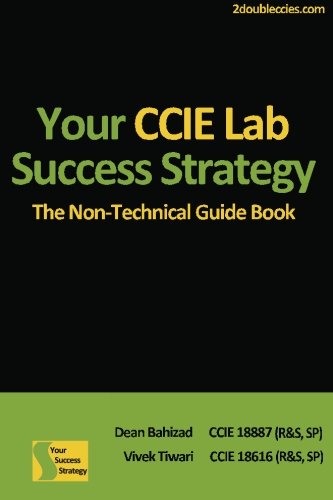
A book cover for Your CCIE Lab Success Strategy: The Non-Technical Guidebook; Mr. Dean Bahizad; Computers & Technology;